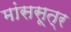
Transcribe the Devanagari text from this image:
मांससूत्र